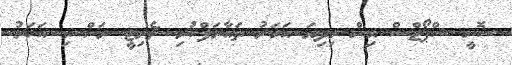
ސޮނީ ސްޕޯޓްސް އިން މިދިޔަ އަހަރު ތައާރަފްކުރި ޗެރިޓީ ރަން މި އަހަރު